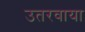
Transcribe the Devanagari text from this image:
उतरवाया